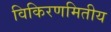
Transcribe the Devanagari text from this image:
विकिरणमितीय